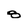
Character: 8